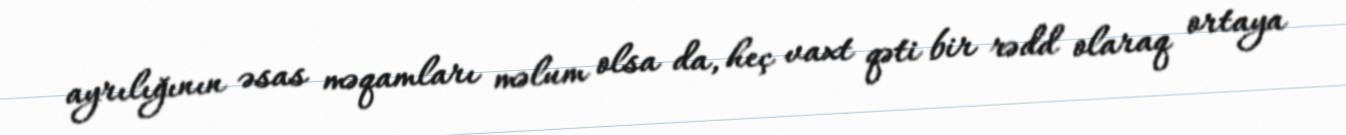
ayrılığının əsas məqamları məlum olsa da, heç vaxt qəti bir rədd olaraq ortaya